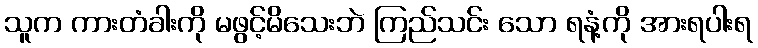
သူက ကားတံခါးကို မဖွင့်မိသေးဘဲ ကြည်သင်း သော ရနံ့ကို အားရပါးရ